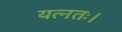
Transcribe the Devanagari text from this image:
यत्नतः।